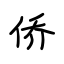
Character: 侨